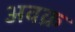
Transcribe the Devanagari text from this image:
अवक्र